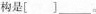
构是[ ]___。